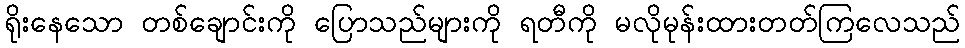
ရိုးနေသော တစ်ချောင်းကို ပြောသည်များကို ရတီကို မလိုမုန်းထားတတ်ကြလေသည်